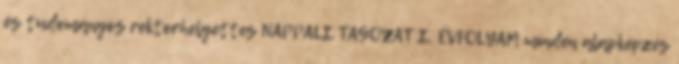
és tudományos rektorhelyettes NAPPALI TAGOZAT I. ÉVFOLYAM minden alapképzés